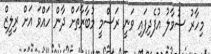
މިހާރު ސުވާލު އުފެދިފައި ވަނީ ރަސްމީ މުބާރާތަށް ދާން ހައްވަ އަށް ރިލީޒް